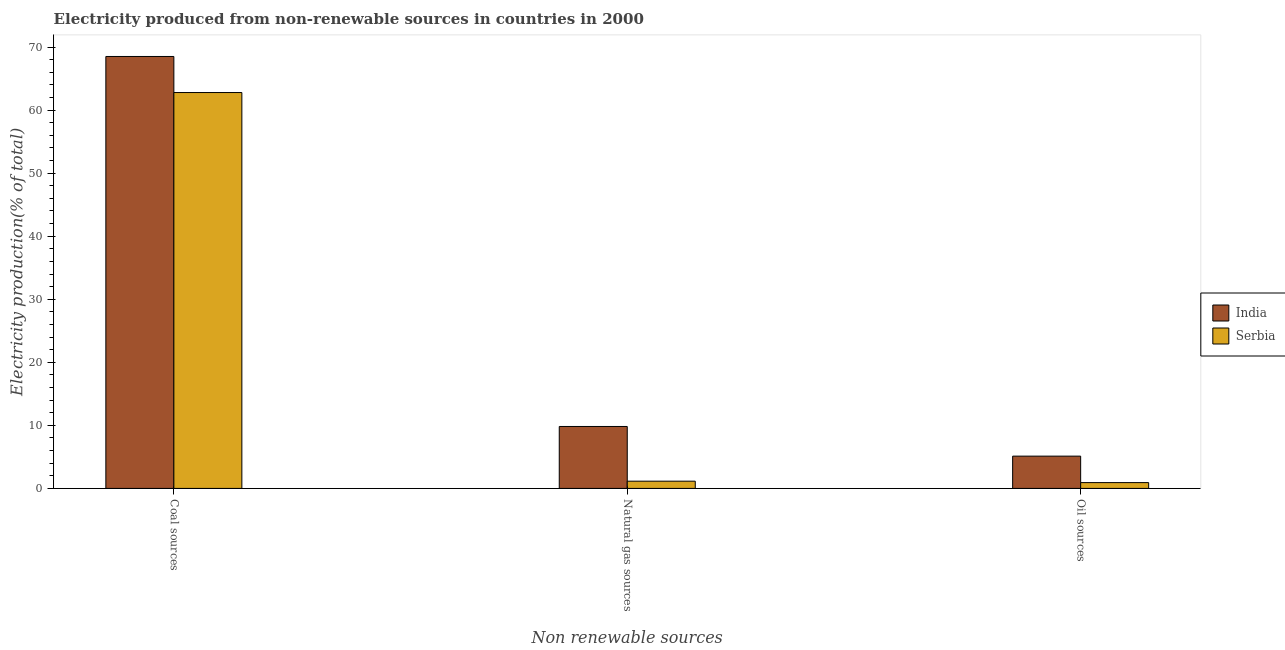
| Non renewable sources | India | Serbia |
 | --- | --- | --- |
 | Coal sources | 68.5 | 62.8 |
 | Natural gas sources | 9.82 | 1.15 |
 | Oil sources | 5.12 | 0.923 |